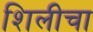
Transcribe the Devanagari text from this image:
शिलीचा